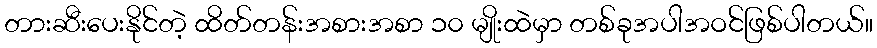
တားဆီးပေးနိုင်တဲ့ ထိတ်တန်းအစားအစာ ၁၀ မျိုးထဲမှာ တစ်ခုအပါအဝင်ဖြစ်ပါတယ်။